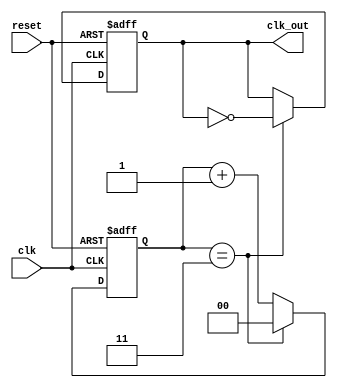
module frequency_divider_counter #(
    parameter DIV_FACTOR = 4 // Division factor (can be changed as needed)
)(
    input wire clk,           // Input clock signal
    input wire reset,         // Asynchronous reset signal
    output reg clk_out        // Output divided clock signal
);

    reg [$clog2(DIV_FACTOR)-1:0] counter; // Counter to track the clock cycles

    always @(posedge clk or posedge reset) begin
        if (reset) begin
            counter <= 0;       // Reset counter to zero
            clk_out <= 0;       // Ensure output clock is low on reset
        end else begin
            if (counter == DIV_FACTOR - 1) begin
                counter <= 0;    // Reset counter
                clk_out <= ~clk_out; // Toggle output clock
            end else begin
                counter <= counter + 1; // Increment counter
            end
        end
    end

endmodule